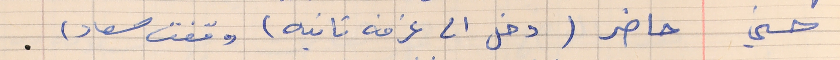
حسني    حاضر (دخل الى غرفه تانيه) وقفت سعاد)